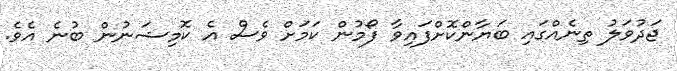
ޖަދުވަލު ތިނެއްގައި ބަޔާންކޮށްފައިވާ ފޯމުން ކަމަށް ވެސް އެ ކޮމިޝަނުން ބުނެ އެވެ.